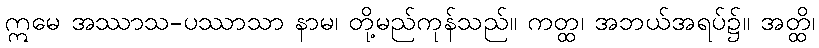
ဣမေ အဿာသ-ပဿာသာ နာမ၊ တို့မည်ကုန်သည်။ ကတ္ထ၊ အဘယ်အရပ်၌။ အတ္ထိ၊